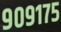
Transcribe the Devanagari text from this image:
९०९१७५